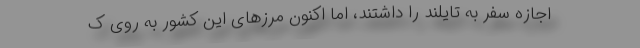
اجازه سفر به تایلند را داشتند، اما اکنون مرزهای این کشور به روی ک